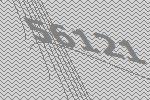
56121